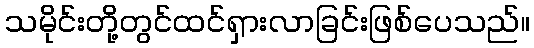
သမိုင်းတို့တွင်ထင်ရှားလာခြင်းဖြစ်ပေသည်။